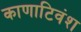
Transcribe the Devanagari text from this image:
काणाटिवंश